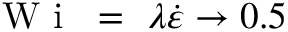
\mathrm { ~ W ~ i ~ } ~ = ~ \lambda \dot { \varepsilon } \rightarrow 0 . 5